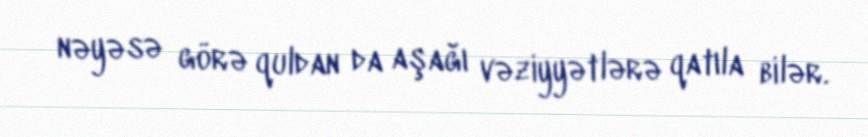
nəyəsə görə quldan da aşağı vəziyyətlərə qatıla bilər.